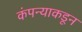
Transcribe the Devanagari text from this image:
कंपन्याकडून